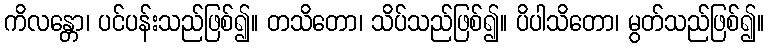
ကိလန္တော၊ ပင်ပန်းသည်ဖြစ်၍။ တသိတော၊ သိပ်သည်ဖြစ်၍။ ပိပါသိတော၊ မွတ်သည်ဖြစ်၍။